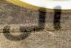
الى